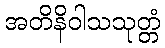
အတိနိဝါသသုတ္တံ